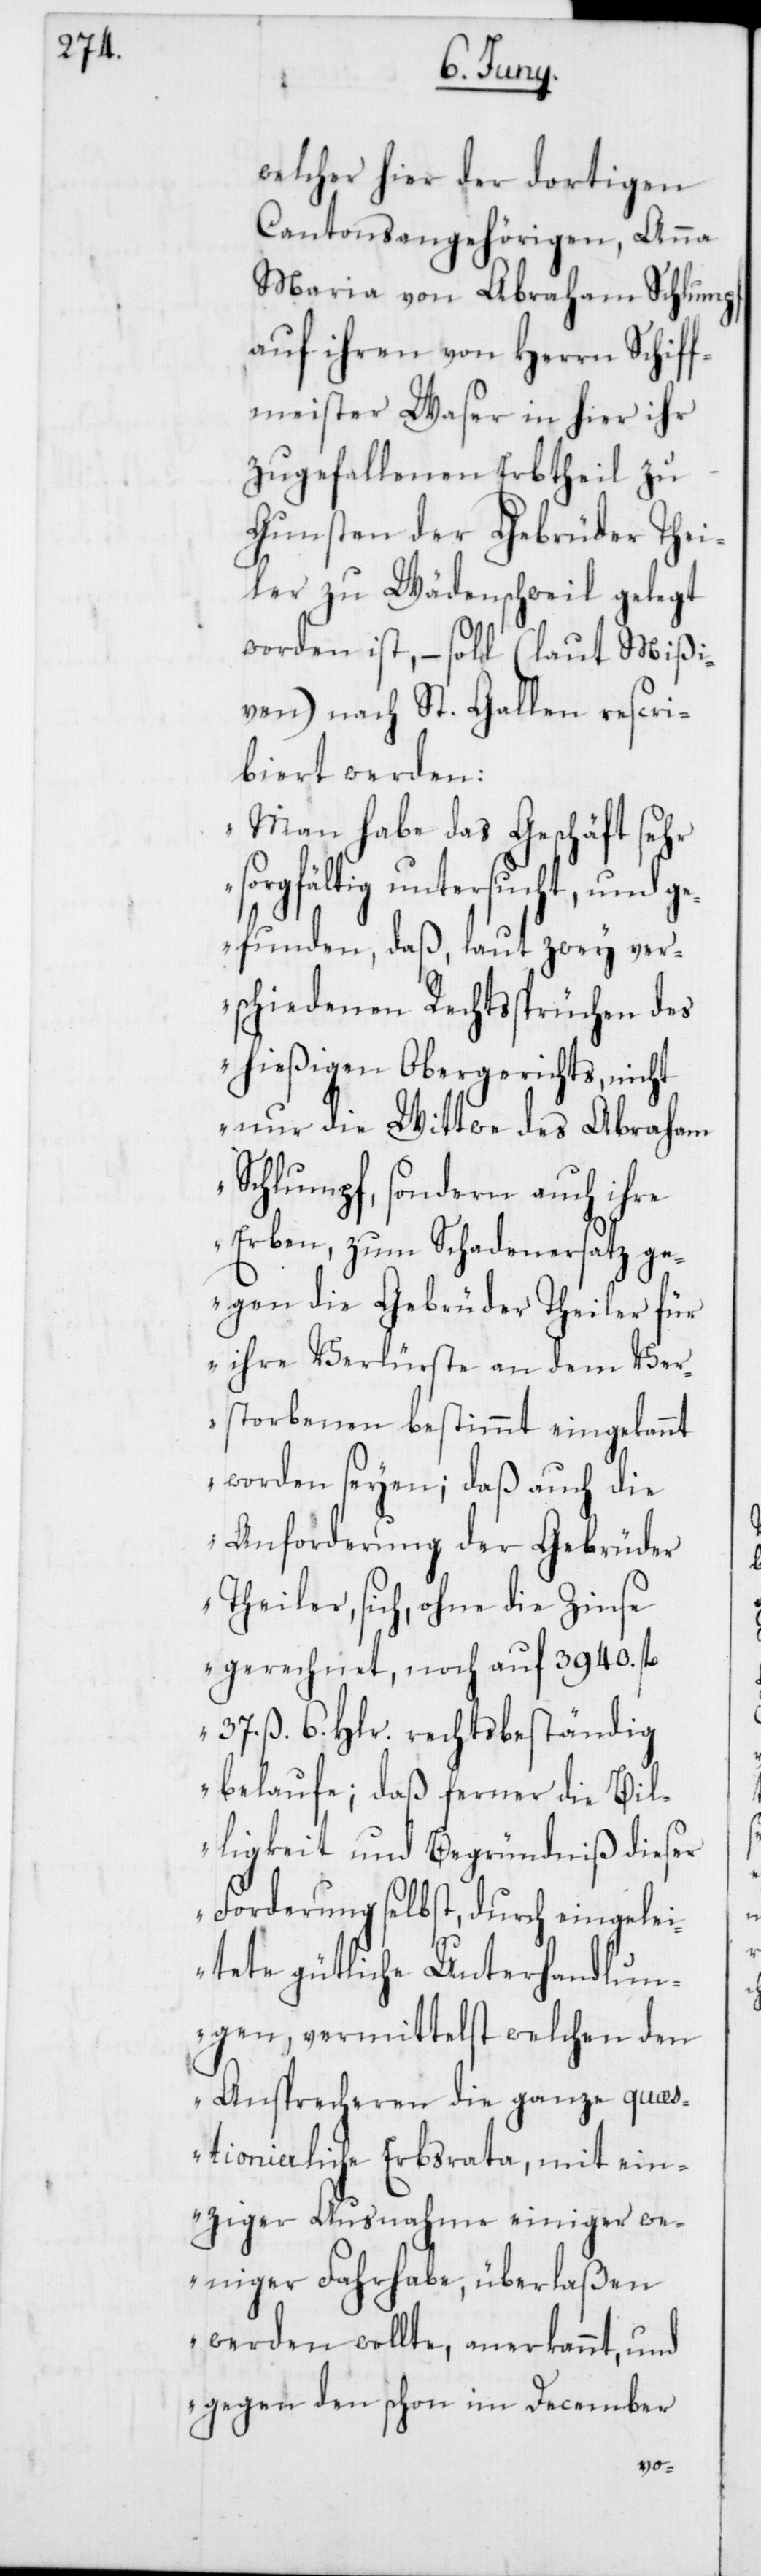
welcher hier der dortigen
Cantonsangehörigen, Anna
Maria von Abraham Schlumpf,
auf ihren von Herrn Schiff¬
meister Waser in hier ihr
zugefallenen Erbtheil zu
Gunsten der Gebrüder Thei¬
ler zu Wädenschweil gelegt
worden ist, – soll (laut Mißi¬
ven) nach St. Gallen rescri¬
biert werden:
„Man habe das Geschäft sehr
rgfältig untersucht, und
gefunden, daß, laut zwey ver¬
schiedenen Rechtssprüchen des
hießigen Obergerichts, nicht
nur die Witwe des Abraham
Schlumpf, sondern auch ihre
Erben, zum Schadenersatz ge¬
gen die Gebrüder Theiler für
ihre Verlürste an dem Ver¬
storbenen bestimmt eingekannt
worden seyen; daß auch die
Anforderung der Gebrüder
Theiler, sich, ohne die Zinse
gerechnet, noch auf 3940. fl.
37. ß 6. Hlr. rechtsbeständig
belaufe; daß ferner die Bil¬
ligkeit und Begründniß dieser
Forderung selbst, durch eingelei¬
tete gütliche Unterhandlun¬
gen, vermittelst welchen den
Ansprecheren die ganze quä¬
stionierliche Erbsrata, mit ein¬
ziger Ausnahme einiger we¬
niger Fahrhabe, überlaßen
werden wollte, anerkannt, und
gegen den schon im December
so¬